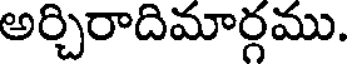
అర్చిరాదిమార్గము.